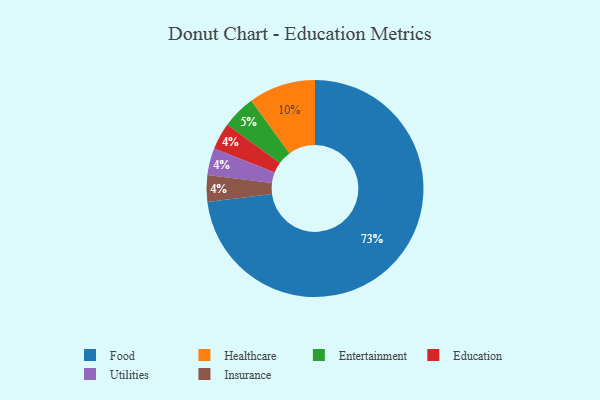
{"axis": {"x": "Category", "y": "Percentage"}, "legend": ["Education", "Entertainment", "Food", "Healthcare", "Insurance", "Utilities"], "data": [{"x": "Education", "y": 4, "type": "Education"}, {"x": "Utilities", "y": 4, "type": "Utilities"}, {"x": "Healthcare", "y": 10, "type": "Healthcare"}, {"x": "Food", "y": 73, "type": "Food"}, {"x": "Insurance", "y": 4, "type": "Insurance"}, {"x": "Entertainment", "y": 5, "type": "Entertainment"}]}